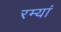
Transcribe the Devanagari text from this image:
रम्यां